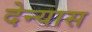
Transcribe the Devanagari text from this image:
देन्यास